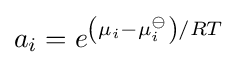
a_{i}=e^{\left(\mu _{i}-\mu _{i}^{\ominus }\right)/RT}